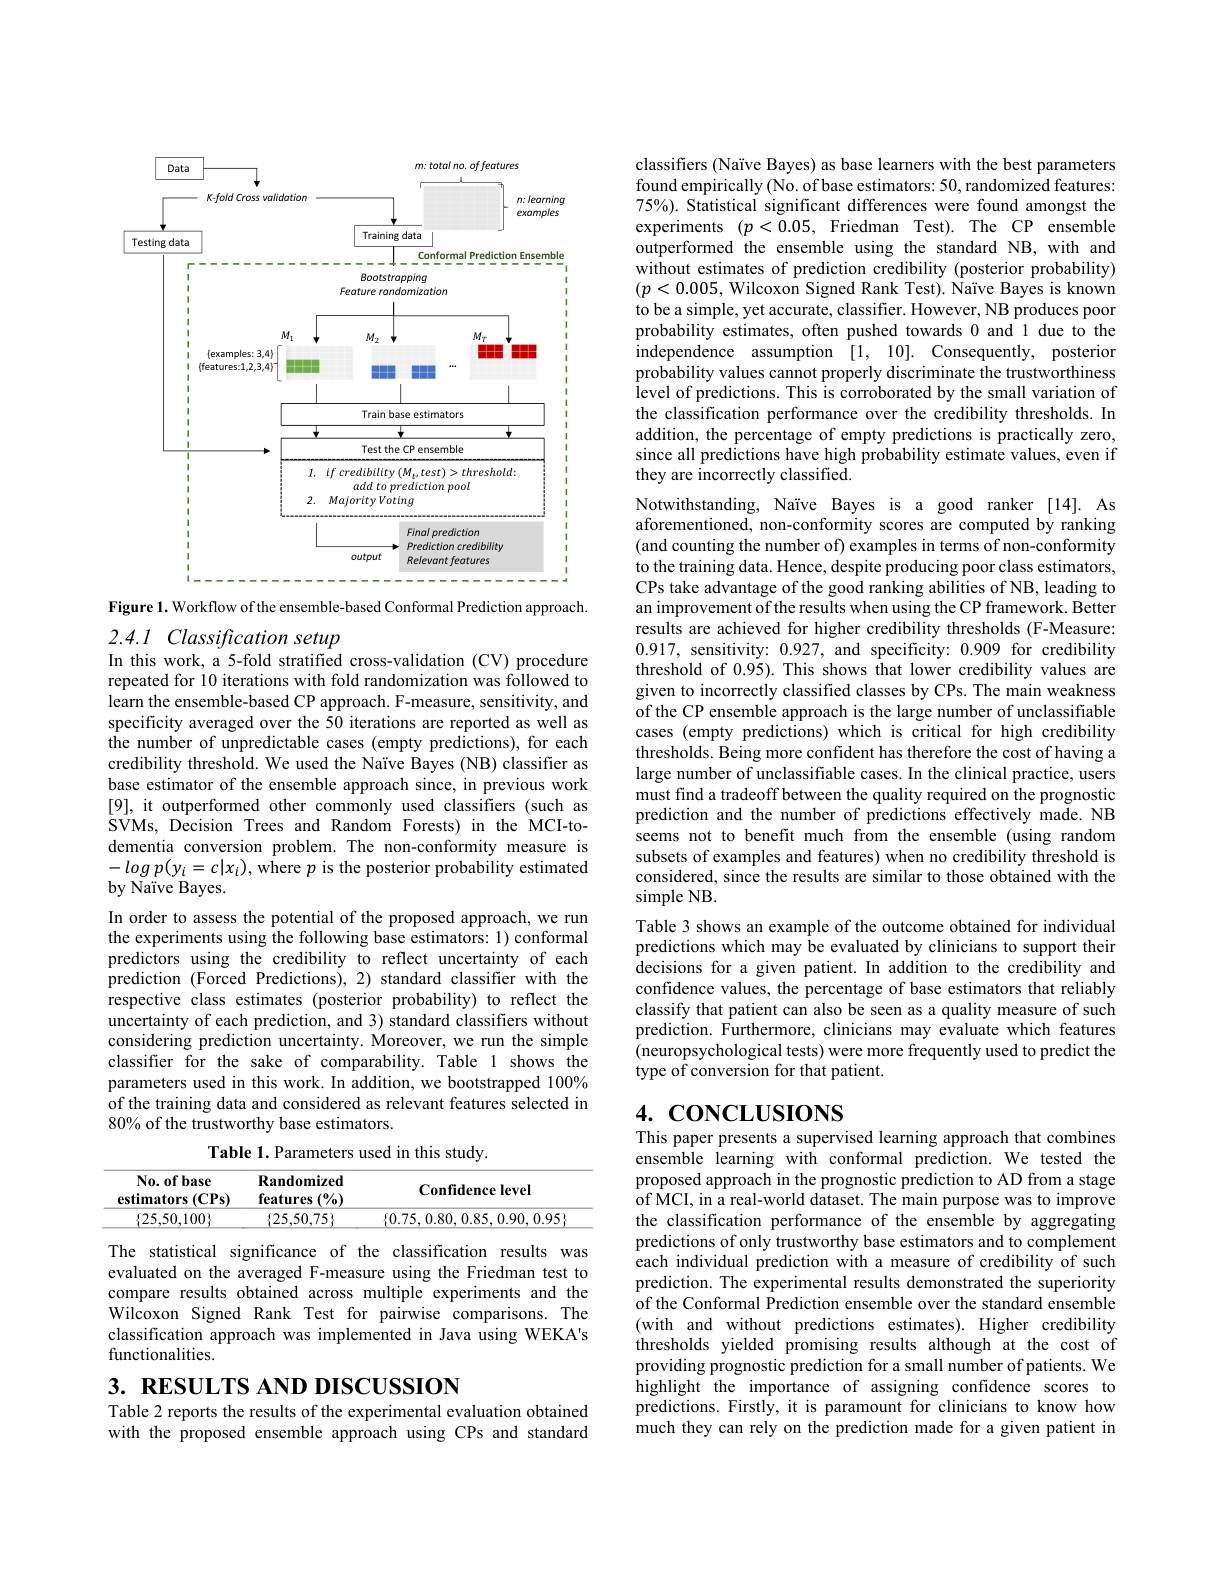
<FigureHere>

Figure 1. Workflow of the ensemble-based Conformal Prediction approach.

# 2.4.1 Classification setup
In this work, a 5-fold stratified cross-validation (CV) procedure

repeated for 10 iterations with fold randomization was followed to learn the ensemble-based CP approach. F-measure, sensitivity, and specificity averaged over the 50 iterations are reported as well as the number of unpredictable cases (empty predictions), for each credibility threshold. We used the Naïve Bayes (NB) classifier as base estimator of the ensemble approach since, in previous work [9], it outperformed other commonly used classifiers (such as SVMs, Decision Trees and Random Forests) in the MCI-todementia conversion problem. The non-conformity measure is $-logp(y_{i}=c|x_{i})$, where $p$ is the posterior probability estimated by Naïve Bayes.
In order to assess the potential of the proposed approach, we run the experiments using the following base estimators: 1) conformal predictors using the credibility to reflect uncertainty of each prediction (Forced Predictions), 2) standard classifier with the respective class estimates (posterior probability) to reflect the uncertainty of each prediction, and 3) standard classifiers without considering prediction uncertainty. Moreover, we run the simple classifier for the sake of comparability. Table 1 shows the parameters used in this work. In addition, we bootstrapped 100% of the training data and considered as relevant features selected in 80% of the trustworthy base estimators.
Table 1. Parameters used in this study.

<table>
	<tbody>
		<tr>
			<th>$\mathbf{No.ofbase}$ estimators $(\mathbf{CPs})$</th>
			<th>Randomized features $(0/_{0})$</th>
			<th>Confidence level</th>
		</tr>
		<tr>
			<td>$\{25,50,100\}$</td>
			<td>$\{25,50,75\}$</td>
			<td>$\{0.75,0.80,0.85,0.90,0.959$</td>
		</tr>
	</tbody>
</table>

The statistical significance of the classification results was evaluated on the averaged F-measure using the Friedman test to compare results obtained across multiple experiments and the Wilcoxon Signed Rank Test for pairwise comparisons. The classification approach was implemented in Java using WEKA's functionalities.

$3. \textbf{ RESULTS AND DISCUSSION}$

Table 2 reports the results of the experimental evaluation obtained with the proposed ensemble approach using CPs and standard

classifiers (Naïve Bayes) as base learners with the best parameters found empirically (No. of base estimators: 50, randomized features: 75%). Statistical significant differences were found amongst the experiments $( p< \bar{0} . 05$,Friedman Test). The CP ensemble outperformed the ensemble using the standard NB, with and without estimates of prediction credibility (posterior probability) $(p<0.005$, Wilcoxon Signed Rank Test). Naïve Bayes is known to be a simple, yet accurate, classifier. However, NB produces poor probability estimates, often pushed towards 0 and 1 due to the independence assumption [1, 10]. Consequently, posterior probability values cannot properly discriminate the trustworthiness level of predictions. This is corroborated by the small variation of the classification performance over the credibility thresholds. In addition, the percentage of empty predictions is practically zero, since all predictions have high probability estimate values, even if they are incorrectly classified.
Notwithstanding, Naïve Bayes is a good ranker [14]. As

aforementioned, non-conformity scores are computed by ranking (and counting the number of) examples in terms of non-conformity to the training data. Hence, despite producing poor class estimators, CPs take advantage of the good ranking abilities of NB, leading to an improvement of the results when using the CP framework. Better results are achieved for higher credibility thresholds (F-Measure: 0.917, sensitivity: 0.927, and specificity: 0.909 for credibility threshold of 0.95). This shows that lower credibility values are given to incorrectly classified classes by CPs. The main weakness of the CP ensemble approach is the large number of unclassifiable cases (empty predictions) which is critical for high credibility thresholds. Being more confident has therefore the cost of having a large number of unclassifiable cases. In the clinical practice, users must find a tradeoff between the quality required on the prognostic prediction and the number of predictions effectively made. NB seems not to benefit much from the ensemble (using random subsets of examples and features) when no credibility threshold is considered, since the results are similar to those obtained with the simple NB
Table 3 shows an example of the outcome obtained for individual predictions which may be evaluated by clinicians to support their decisions for a given patient. In addition to the credibility and confidence values, the percentage of base estimators that reliably classify that patient can also be seen as a quality measure of such prediction. Furthermore, clinicians may evaluate which features (neuropsychological tests) were more frequently used to predict the type of conversion for that patient.
$4. \textbf{ CONCLUSIONS}$

# This paper presents a supervised learning approach that combines

ensemble learning with conformal prediction. We tested the proposed approach in the prognostic prediction to AD from a stage of MCI, in a real-world dataset. The main purpose was to improve the classification performance of the ensemble by aggregating predictions of only trustworthy base estimators and to complement each individual prediction with a measure of credibility of such prediction. The experimental results demonstrated the superiority of the Conformal Prediction ensemble over the standard ensemble (with and without predictions estimates). Higher credibility thresholds yielded promising results although at the cost of providing prognostic prediction for a small number of patients. We highlight the importance of assigning confidence scores to predictions. Firstly, it is paramount for clinicians to know how much they can rely on the prediction made for a given patient in